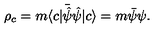
\rho _ { c } = m \langle c | \bar { \hat { \psi } } { \hat { \psi } } | c \rangle = m \bar { \psi } \psi .